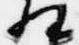
相